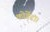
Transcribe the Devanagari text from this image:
कोर्डेटा।